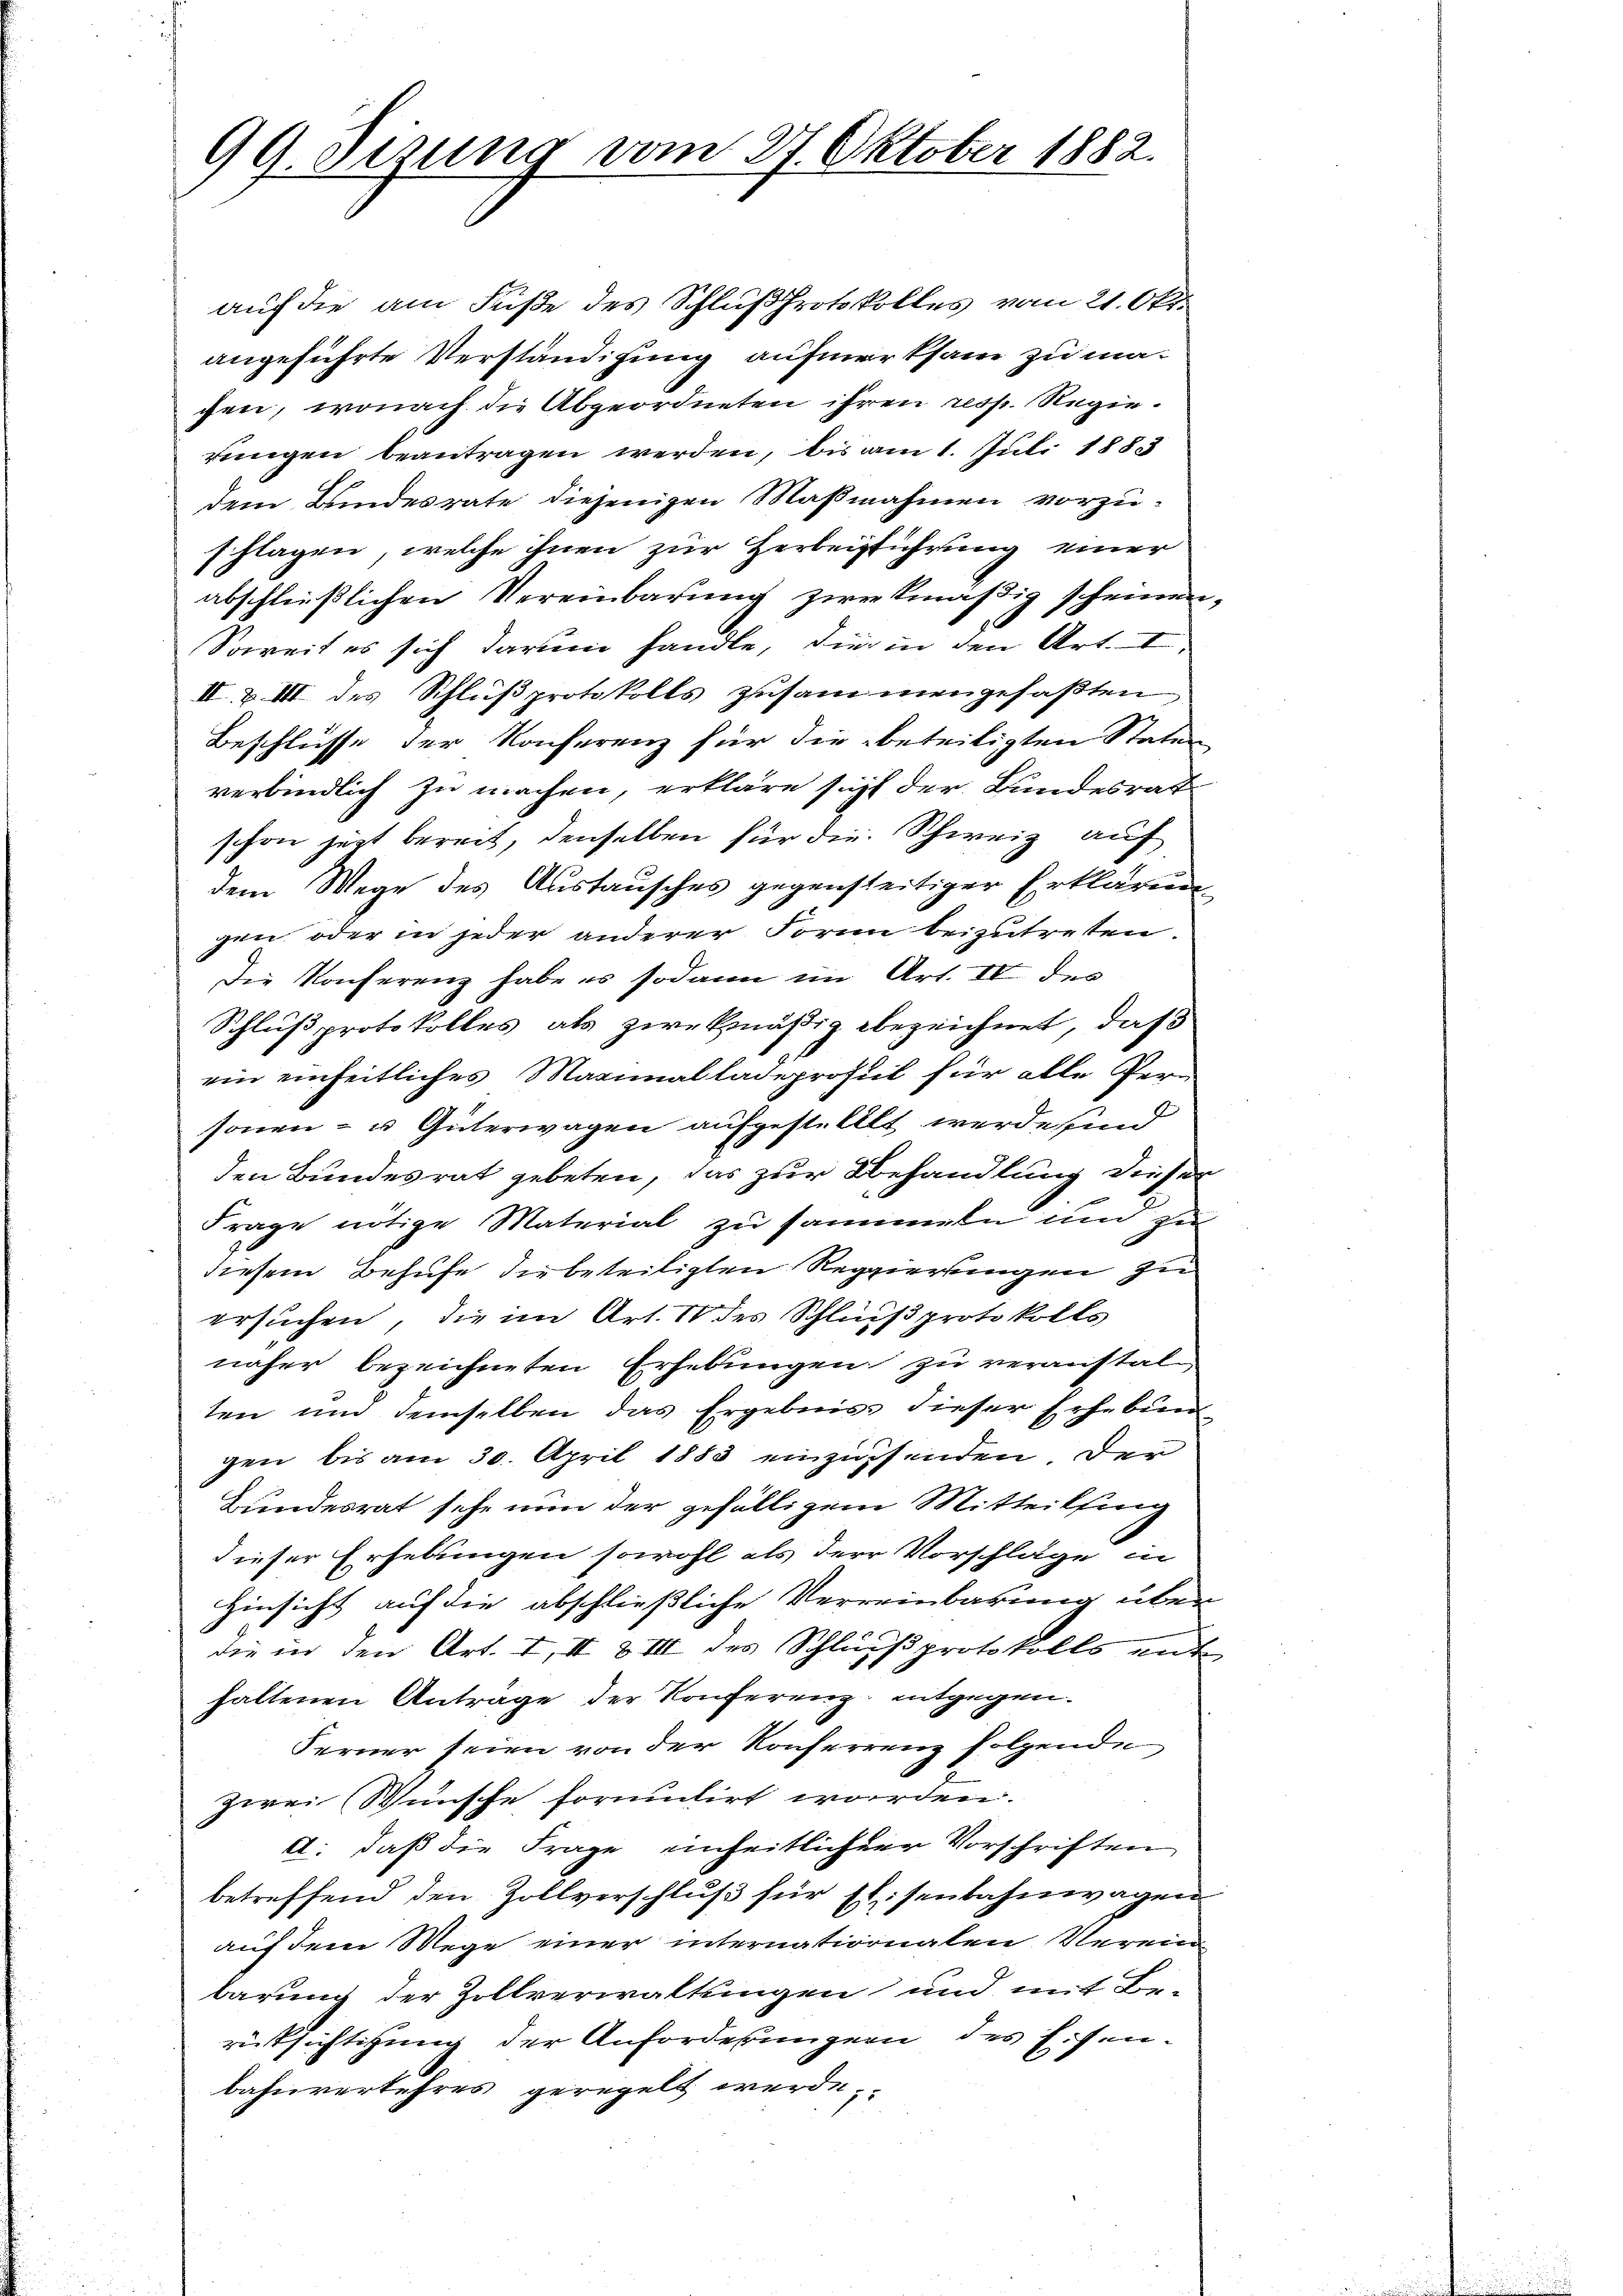
99. Sizung vom 27. Oktober 1882.

auf die am Fuße des Schlußprotokolles vom 21. Okt.
angeführte Verständigung aufmerksam zu machen, wonach die Abgeordneten ihren resp. Regierengen beantragen werden, bis am 1. Juli 1883
dem Bundesrate diejenigen Maßnahmen vorzuschlagen, welche ihnen zur Herbeiführung einer
abschließlichen Vereinbarung zweckmäßig scheinen.
Soweit es sich darum handle, die in den Art. I
II. & III des Schlŭβprotokolls zusammengefaβten
Beschlüsse der Konferenz für die beteiligten Statur
verbindlich zu machen, erkläre sicht der Bundesrat
schon jetzt bereit, denselben für die Schweiz auf
dem Wege des Austausches gegensteitiger Erklärung
gen oder in jeder anderer Form beizutreten.
Die Konferenz habe es sodann im Art. II des
Schluß protokolles als zwekmäßig bezeichnet, daß
ein einheitliches Maximalladeprofil für alle Personen- u Güterwagen aufgest. Alt werde sein
den Bundesrat gebeten, das zur Behandlung dieser
Frage nötige Material zu sammeln und zu
diesem Behufe die beteiligten Regierungen zu
ersuchen, die im Art. 10 des Schlußprotokolls
näher bezeichneten Erhebungen zu veranstalten um demselben das Ergebnis dieser Erhebun
gen bis am 30. April 1883 einzusenden. Der
Bundesrat sehe nun der gefälligem Mitteilsing
dieser Erhebungen sowohl als der Vorschläge in
Hinsicht auf die abschließliche Verreinbarung über
die in den Art. 4, II & III des Schlussprotokolls ent
haltenen Antrage der Konferenz entgegen¬
Ferner seien von der Konferrenz folgende
zwei Wünsche formulirt worden.
d: daß die Frage einheitlicher Vorschriften
betreffend den Zollverschluß für Eisenbahnwagen
auf dem Wege einer internationalen Verein
barung der Zollverwaltungen und mit Be-
rücksichtigung der Anforderungern des Eisenbahnverkehres geregelt werde,